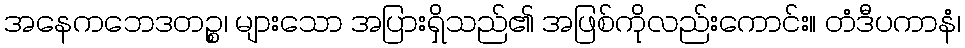
အနေကဘေဒတဉ္စ၊ များသော အပြားရှိသည်၏ အဖြစ်ကိုလည်းကောင်း။ တံဒီပကာနံ၊